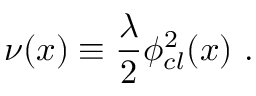
\nu ( x ) \equiv { \frac { \lambda } { 2 } } \phi _ { c l } ^ { 2 } ( x ) \, \, .